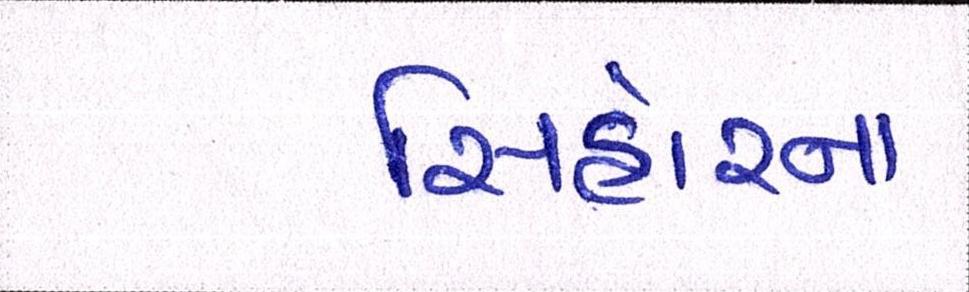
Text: સિહોરના